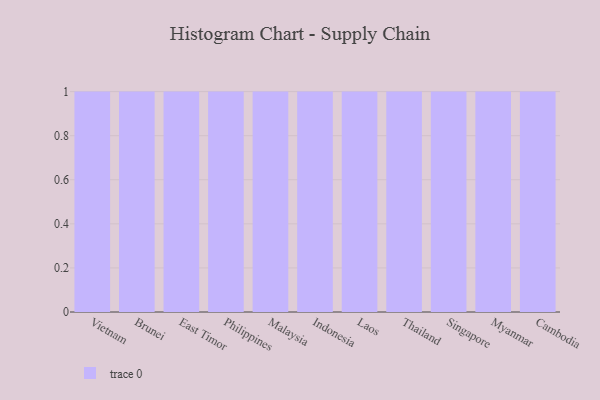
{"axis": {"x": "Country", "y": "Inventory Turnover"}, "legend": [""], "data": [{"x": "Vietnam", "y": 22, "type": ""}, {"x": "Brunei", "y": 91, "type": ""}, {"x": "East Timor", "y": 31, "type": ""}, {"x": "Philippines", "y": 34, "type": ""}, {"x": "Malaysia", "y": 15, "type": ""}, {"x": "Indonesia", "y": 6, "type": ""}, {"x": "Laos", "y": 73, "type": ""}, {"x": "Thailand", "y": 47, "type": ""}, {"x": "Singapore", "y": 48, "type": ""}, {"x": "Myanmar", "y": 8, "type": ""}, {"x": "Cambodia", "y": 22, "type": ""}]}